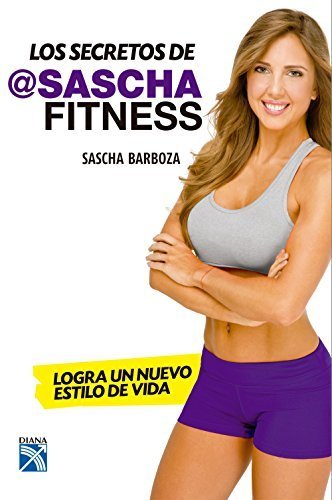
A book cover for Los Secretos de Sascha Fitness (@sachafitness) (Spanish Edition) NEW 2015; Sascha Barboza; Health, Fitness & Dieting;